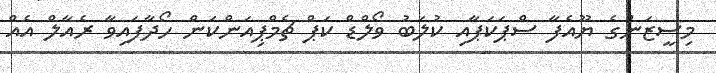
މިސީޒަންގެ ޔޫއެފާ ސްޕަކަޕާއި ކުލަބު ވޯލްޑް ކަޕް ޗެމްޕިއަންކަން ހޯދާފައިވާ ރެއާލް އެއް